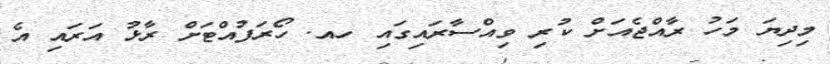
މިދިޔަ މަހު ރާއްޖެއަށް ކުރި ވިއްސާރައިގައި ހއ. ހޯރަފުއްޓަށް ރާޅު އަރައި އެ